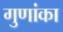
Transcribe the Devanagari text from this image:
गुणांका